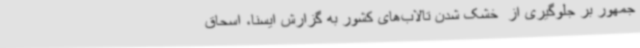
جمهور بر جلوگیری از  خشک شدن تالاب‌های کشور به گزارش ایسنا، اسحاق